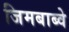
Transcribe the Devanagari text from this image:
जिमबाब्वे